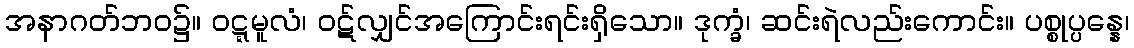
အနာဂတ်ဘဝ၌။ ဝဋ္ဋမူလံ၊ ဝဋ်လျှင်အကြောင်းရင်းရှိသော။ ဒုက္ခံ၊ ဆင်းရဲလည်းကောင်း။ ပစ္စုပ္ပန္နေ၊